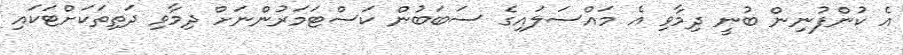
އެ ކުންފުނިން ބުނީ ދިމާވި އެ މައްސަލައިގެ ސަބަބުން ކަސްޓަމަރުންނަށް ދިމާވި ދަތިތަކަށްޓަކައި